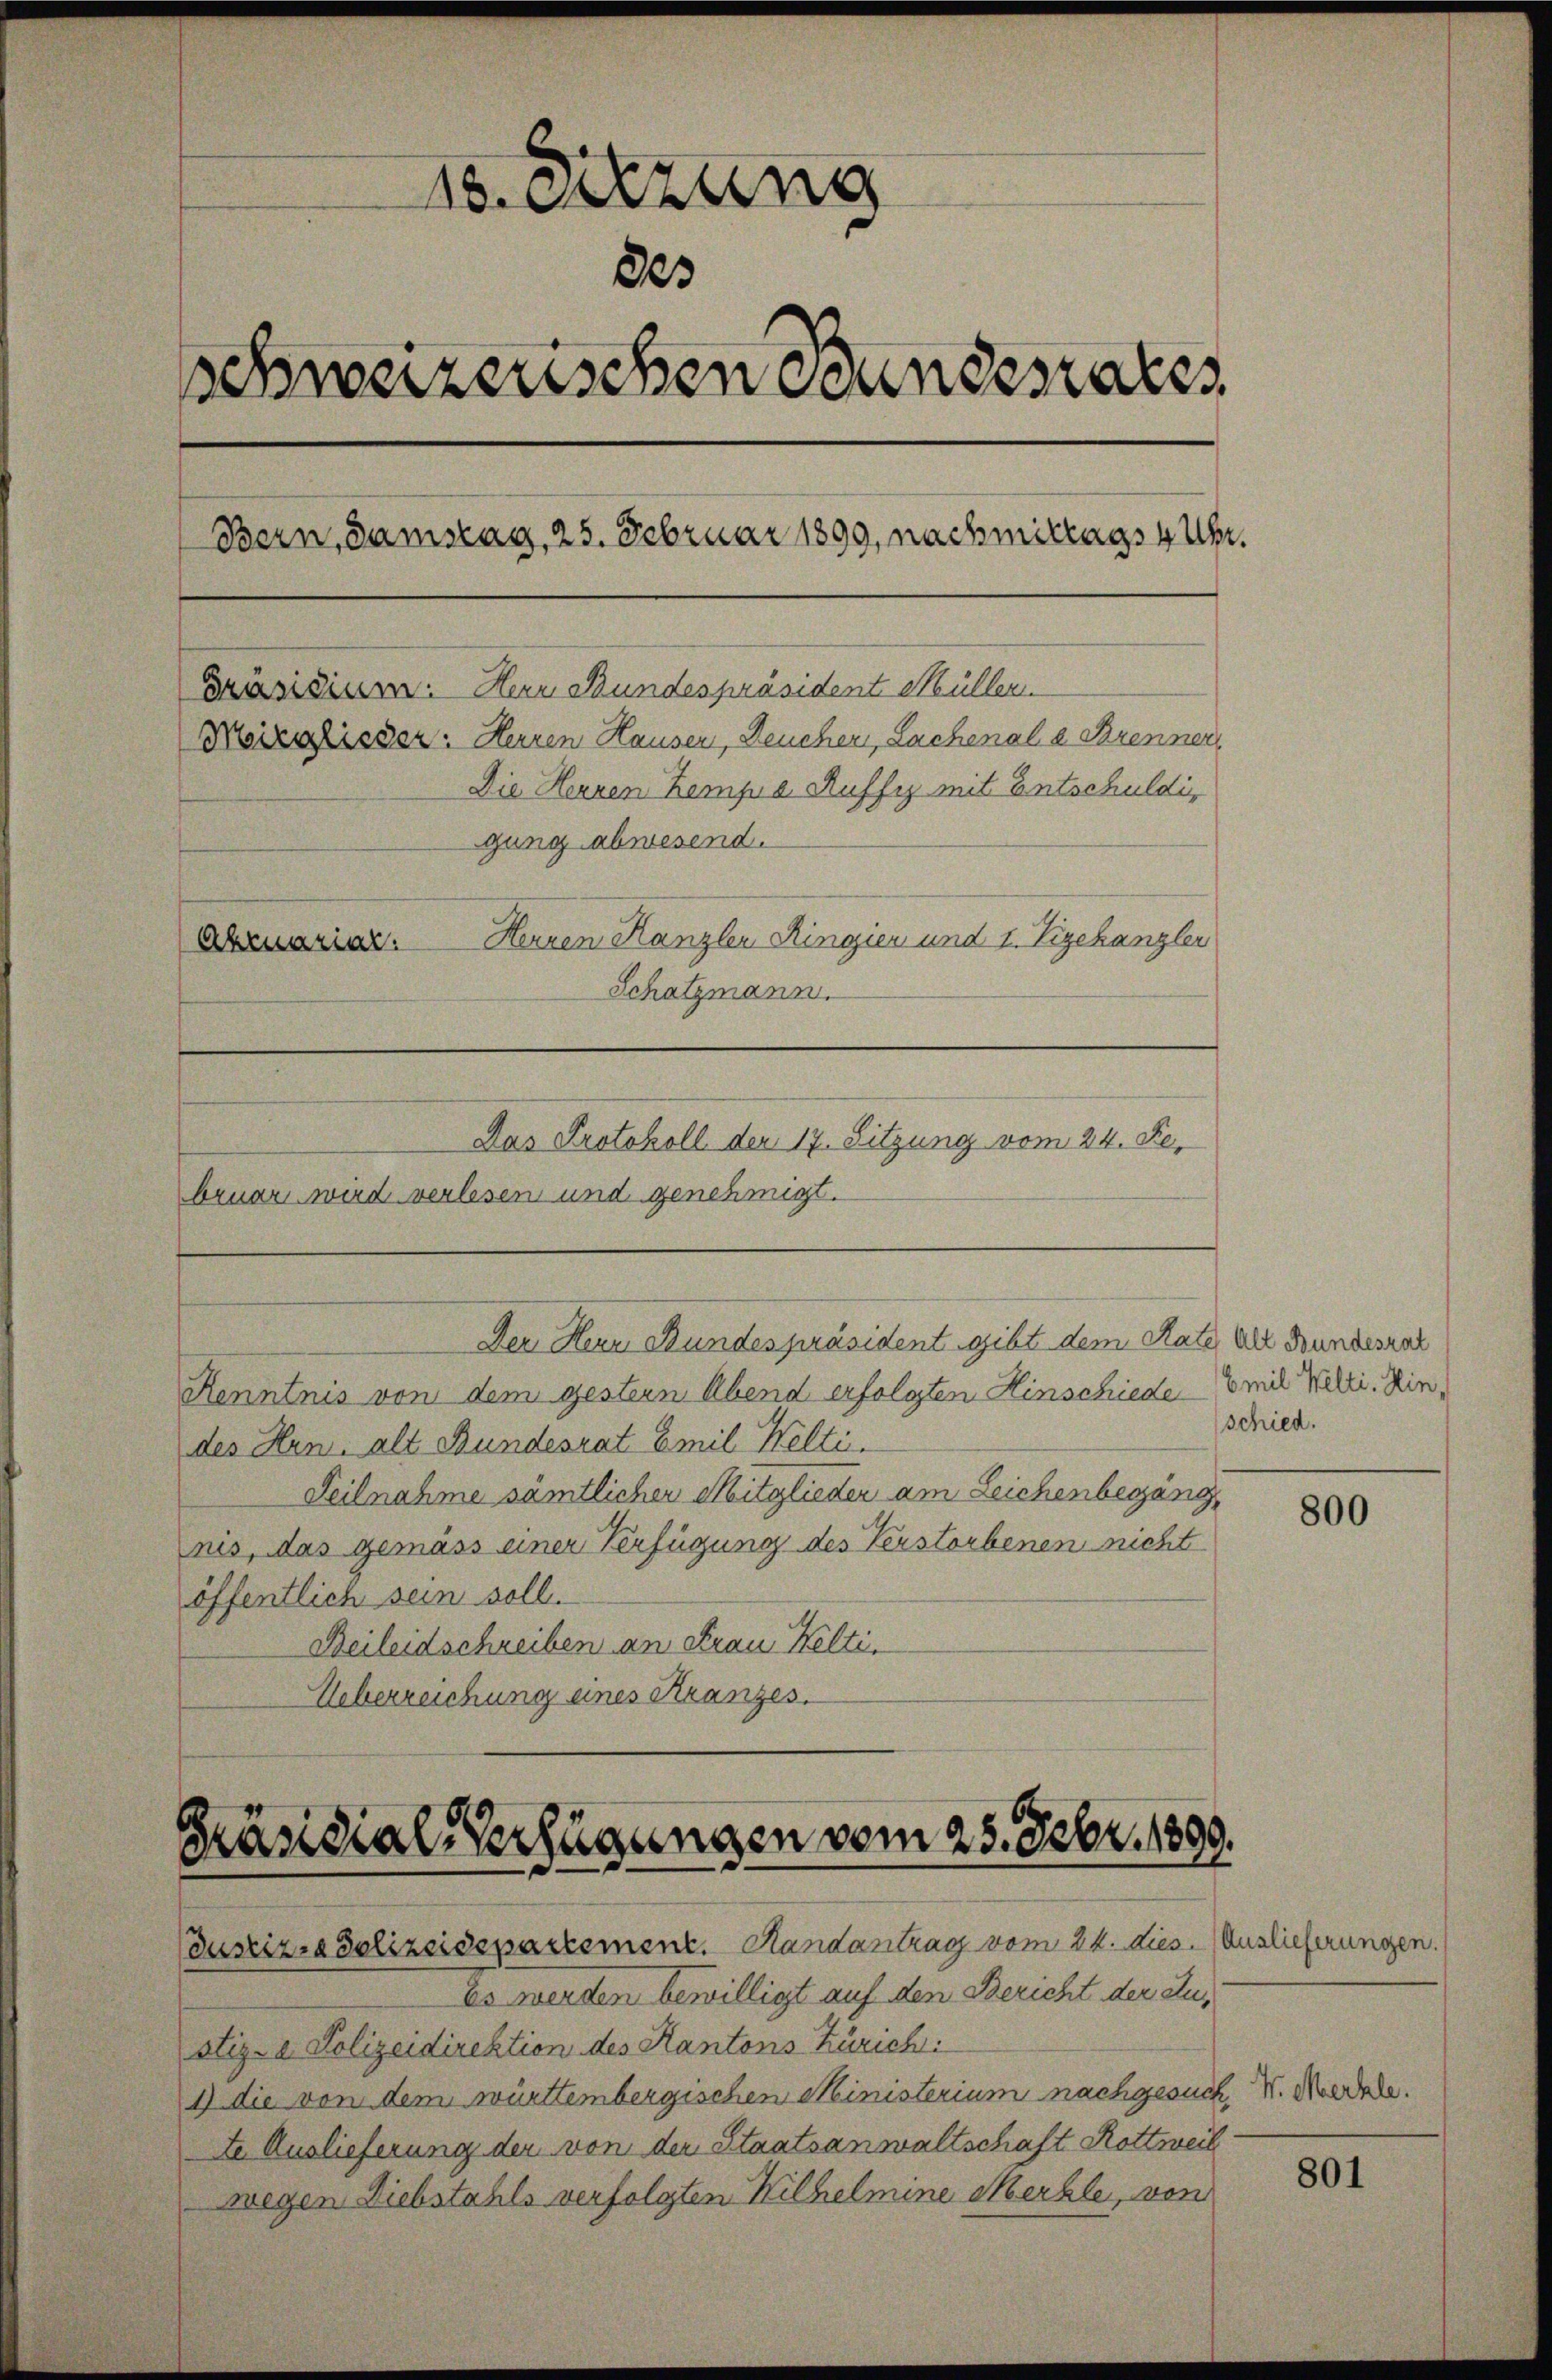
15. Setzung
223
schweizerischen Bundesrates
Bern, Samstag, 25. Februar 1899, nachmittags 4 Uhr.
Präsidium. Herr Bundespräsident Müller.
Mezglieder: Herren Hausen, Deucher, Lachenale Brenner,
Die Herren Kemza Ruffig mit Entschuldig
gung abwesend.
Herren Kanzlei Ringien und 1. Vizekanzler
Akenarial.
Schatzmann.

Das Protokoll der 17. Sitzung vom 24. Fe
bruar wird verlesen und genehmigt.

Kenntnis von dem gestern Abend erfolgten Hinschiede Emil Welti. Hindes Hrn. alt Bundesrat Emil Kelti.
Teilnahme sämtlicher Mitglieder am Leichenbegäng
nis, das gemäss einer Verfügung des Verstorbenen nicht
öffentlich sein soll.
Beileidschreiben an Frau Kelti,
Ueberreichung eines Kranzes.

Der Hern Bundespräsident gibt dem Rate als Bundesrat

Präsidial-Verfügungen vom 25. Febr. 1890.
Justiz- & Polizeidepartement. Handantrag vom 24. dies. (Auslieferungen.

Es werden bewilligt auf den Bericht der Zustiz- & Polizeidirektion des Kantons Zürich:

schied.

1 die von dem württembergischen Ministerium nachgesuch, V. Kredete.
te Auslieferung der von der Staatsanwaltschaft Rottweil
wegen Diebstahls verfolgten Wilhelmine Merkle, von

800

801